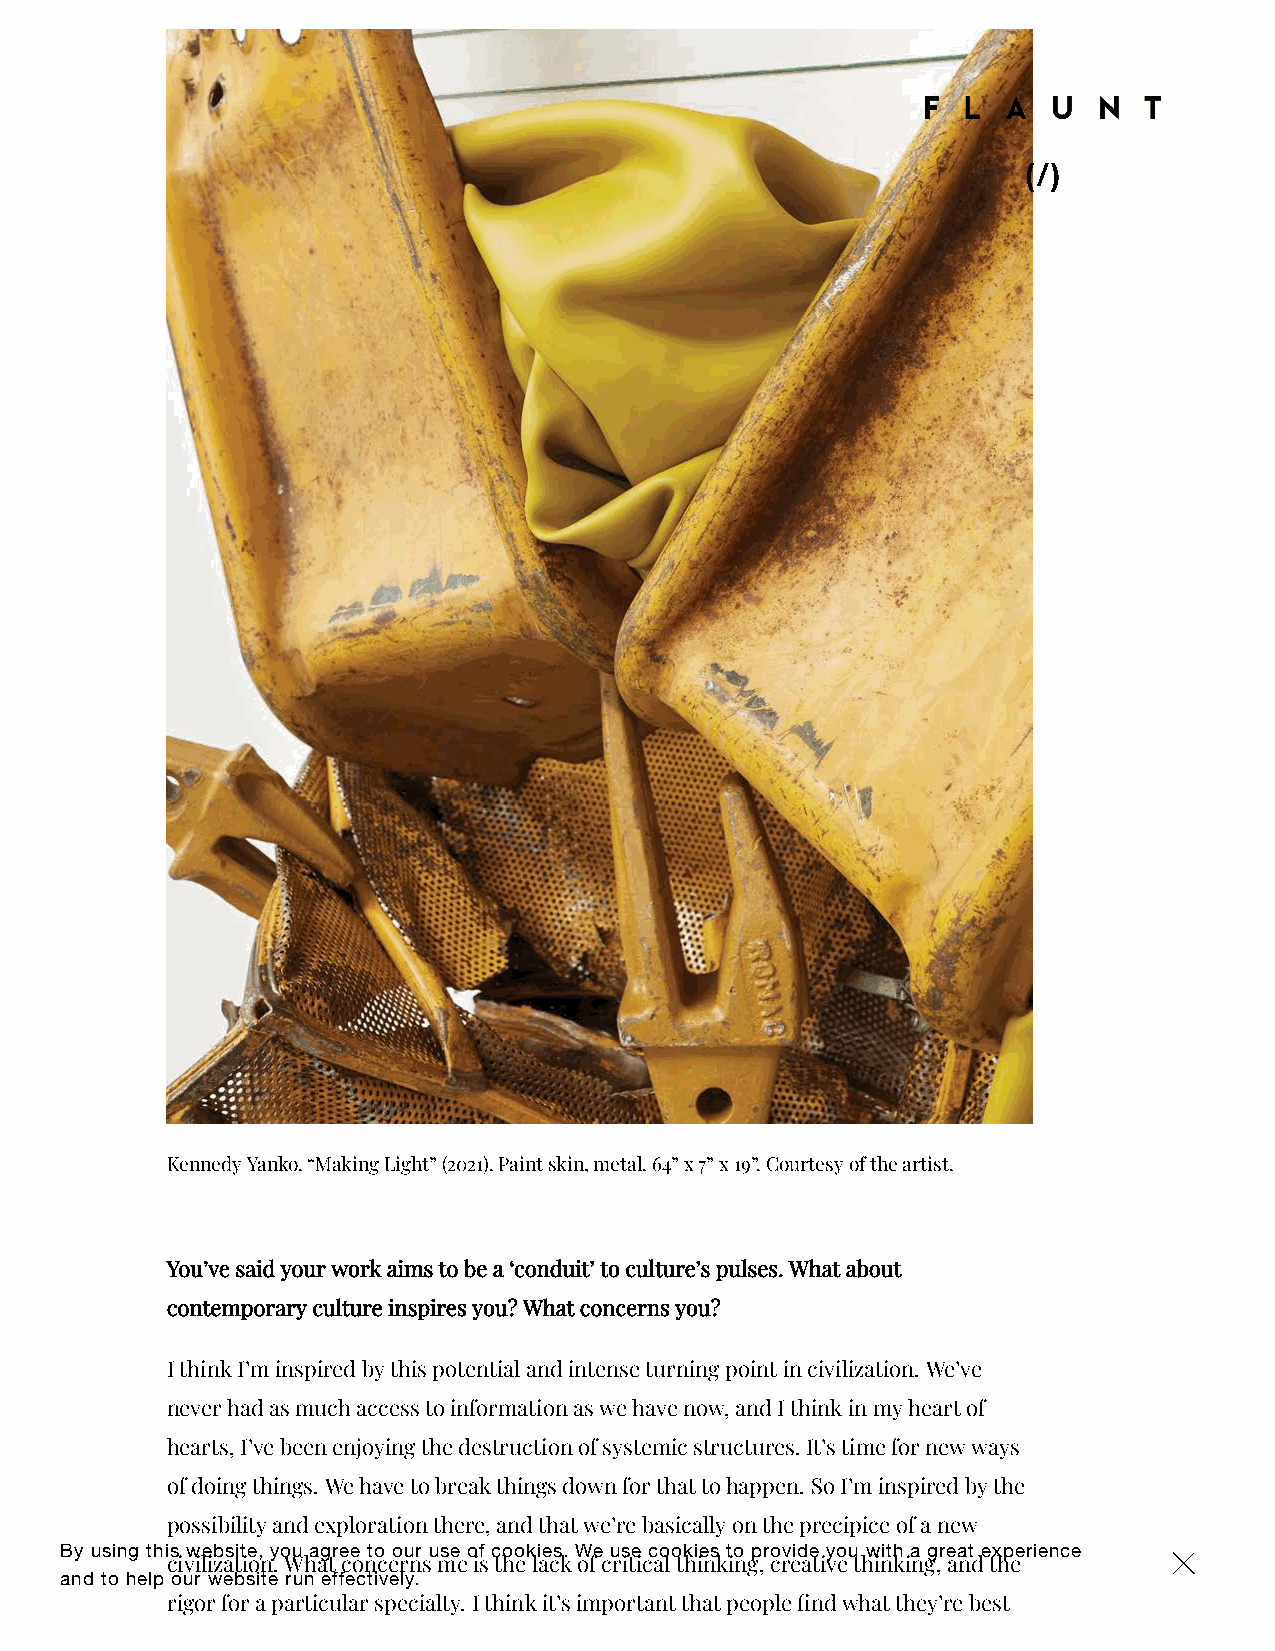
(/)
 Kennedy Yanko. “Making Light” (2021). Paint skin, metal. 64” x 7” x 19”. Courtesy of the artist.
 You’ve said your work aims to be a ‘conduit’ to culture’s pulses. What about
 contemporary culture inspires you? What concerns you?
 I think I’m inspired by this potential and intense turning point in civilization. We’ve
 never had as much access to information as we have now, and I think in my heart of
 hearts, I’ve been enjoying the destruction of systemic structures. It’s time for new ways
 of doing things. We have to break things down for that to happen. So I’m inspired by the
 possibility and exploration there, and that we’re basically on the precipice of a new
 By using this website, you agree to our use of cookies. We use cookies to provide you with a great experience ×
 civilization. What concerns me is the lack of critical thinking, creative thinking, and the
 and to help our website run effectively.
 rigor for a particular specialty. I think it’s important that people nd what they’re best